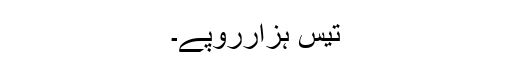
تیس ہزارروپے۔